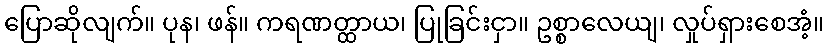
ပြောဆိုလျက်။ ပုန၊ ဖန်။ ကရဏတ္ထာယ၊ ပြုခြင်းငှာ။ ဥစ္စာလေယျ၊ လှုပ်ရှားစေအံ့။